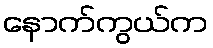
နောက်ကွယ်က